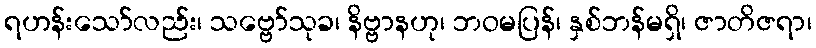
ရဟန်းသော်လည်း၊ သဗ္ဗော်သုခ၊ နိဗ္ဗာနဟု၊ ဘဝမပြန်၊ နှစ်ဘန်မရှိ၊ ဇာတိဇရာ၊